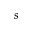
s